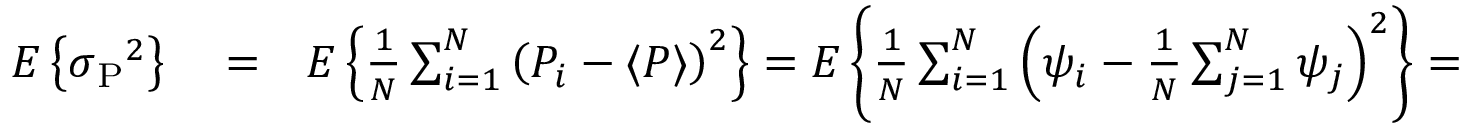
\begin{array} { r l r } { E \left\{ \sigma { _ { \mathrm P } } ^ { 2 } \right\} } & { { } = } & { E \left\{ { \frac { 1 } { N } } \sum _ { i = 1 } ^ { N } \left( P _ { i } - \langle P \rangle \right) ^ { 2 } \right\} = E \left\{ { \frac { 1 } { N } } \sum _ { i = 1 } ^ { N } \left( \psi _ { i } - { \frac { 1 } { N } } \sum _ { j = 1 } ^ { N } \psi _ { j } \right) ^ { 2 } \right\} = } \end{array}